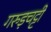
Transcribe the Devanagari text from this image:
गरुड़चट्टी